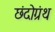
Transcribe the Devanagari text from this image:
छंदोग्रंथ